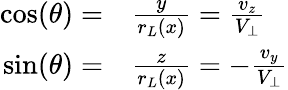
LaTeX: \begin{array}{rl}{\cos(\theta)=}&{{}\frac{y}{r_{L}(x)}=\frac{v_{z}}{V_{\perp}}}\\ {\sin(\theta)=}&{{}\frac{z}{r_{L}(x)}=-\frac{v_{y}}{V_{\perp}}}\end{array}